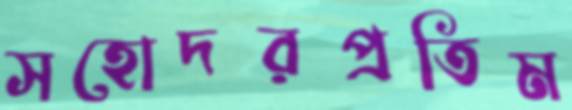
সহোদরপ্রতিম